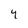
Character: 4